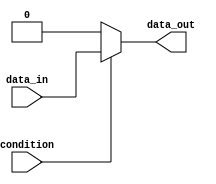
module if_else_statement (
    input wire condition,
    input wire data_in,
    output reg data_out
);

always @(*) begin
    if (condition) begin
        // If condition is true, execute this block
        data_out = data_in;
    end else begin
        // If condition is false, execute this block
        data_out = 0;
    end
end

endmodule